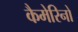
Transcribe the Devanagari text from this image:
कैमेरिनो